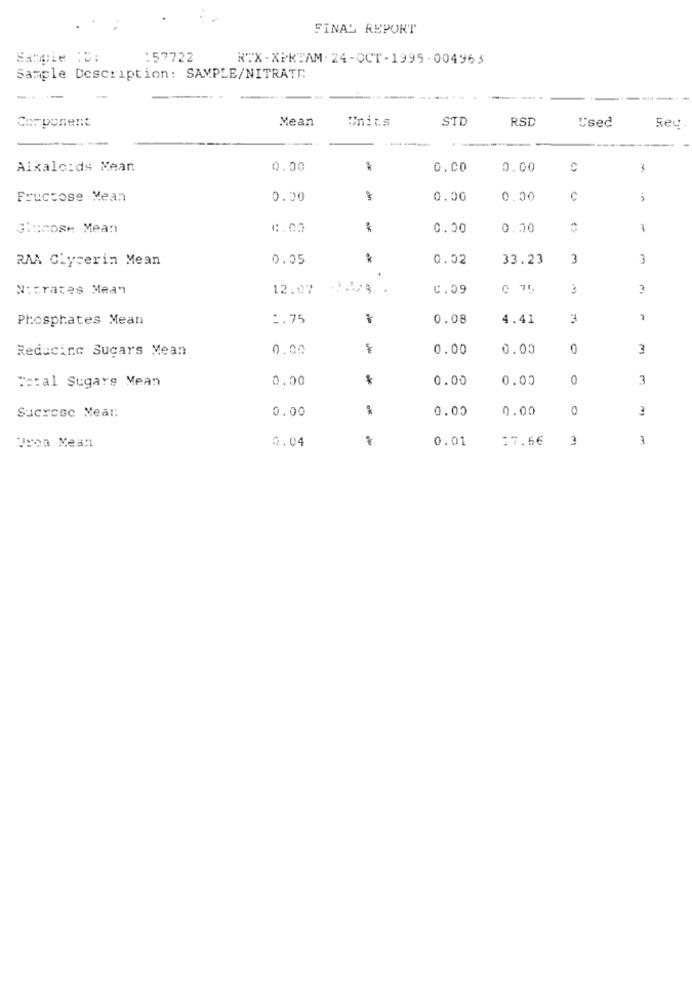
FINAL REPORT
Sampie 10:
:57722
RTX-XPRTAM . 24-OCT-1995. 004963
Sample Description: SAMPLE/NITRATE
---
Component
Mean
Units
STD
RSD
Used
Rey
-
Alkalo:ds Mean
0.00
*
0.00
0.00
C
Fructose Mean
0.00
0.00
0.00
Glucose Mean
1.00
:
0.00
0.00
RAA Glycerin Mean
0.05
*
0.02
33.23
3
3
.
Nitrates Mea"
12.07
.
C.09
0 75
3
Phosphates Mean
1.75
0.08
4.41
3
2
Reducing Sugars Mean
0.00
0.00
0.00
0
3
"stal Sugars Mean
0.00
0.00
0.00
0
3
Sucrese Meal:
0.00
0.00
0.00
0
0.04
0.01
17.66
3
3
Urea Mean